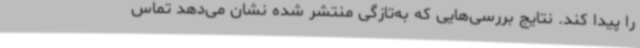
را پیدا کند. نتایج بررسی‌هایی که به‌تازگی منتشر شده نشان می‌دهد تماس